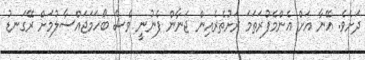
ދަށެވެ. އޭނާ އަށް އެންމެފުރަތަމަ ރަށުތެރެއިން ޖަނާން ފެނުނީ ވެސް ބޯހަމަޖައްސާލުމަށް ރޭގަނޑު